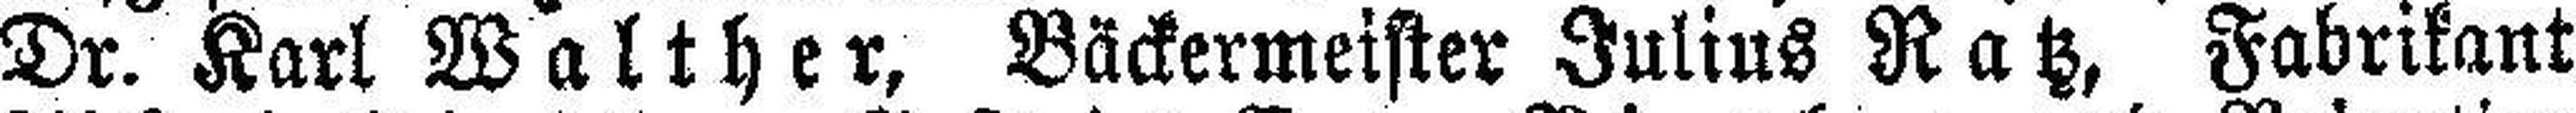
Dr. Karl Walther, Bäckermeister Julius Ratz, Fabrikant